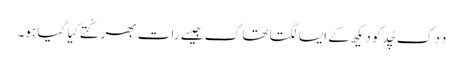
دِدِ کِ چُد کو دیکھ کے ایسا لگتا تھا کِ جیسے رات بھر کُتے کِیا گیا ہو۔